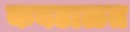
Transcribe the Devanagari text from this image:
कवटाळत